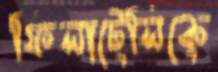
ফিলাটেলিকে